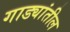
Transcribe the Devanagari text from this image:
गाड्यांतील